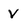
Character: V